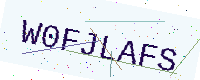
Text: W0FJLAFS